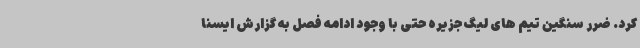
کرد. ضرر سنگین تیم های لیگ جزیره حتی با وجود ادامه فصل به گزارش ایسنا